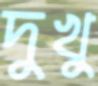
দুখু